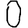
Digit: 0